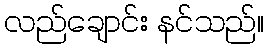
လည်ချောင်း နင်သည်။